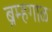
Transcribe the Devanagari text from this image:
ब्रम्हगाळ